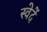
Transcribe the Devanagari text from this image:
स्वेदें